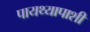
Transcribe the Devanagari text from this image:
पायथ्यापाशी